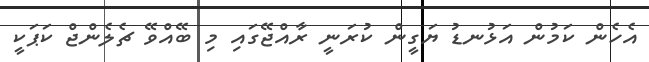
އެހެން ކަމުން އަޅުނޑު ޔަގީން ކުރަނީ ރާއްޖޭގައި މި ބޭއްވޭ ޗެލެންޖް ކަޕަކީ